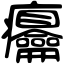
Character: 㿜